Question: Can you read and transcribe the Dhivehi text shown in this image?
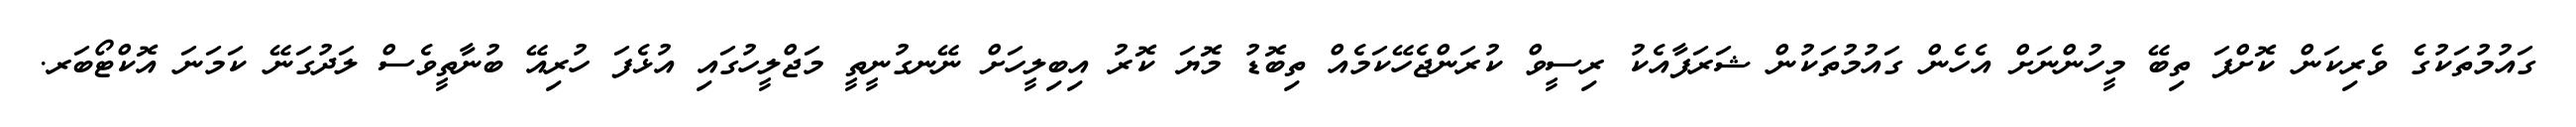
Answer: ގައުމުތަކުގެ ވެރިކަން ކޮށްފަ ތިބޭ މީހުންނަށް އެހެން ގައުމުތަކުން ޝަރަފާއެކު ރިސީވް ކުރަންޖެހޭކަމެއް ތިބޮޑު މޮޔަ ކޮރު އިބިލީހަށް ނޭނގުނީތީ މަޖްލީހުގައި އުޅެފަ ހުރިއޭ ބުނާތީވެސް ލަދުގަނޭ ކަމަނަ އޮކްޓޯބަރ.